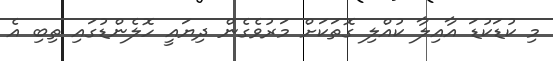
މި ކުޑަކުޑަ އާއިލާ ކުއްލި ގޮތަކަށް މަރުވެގެން ދިޔައީ ހޮލެންޑުގައި ތިބި އެ